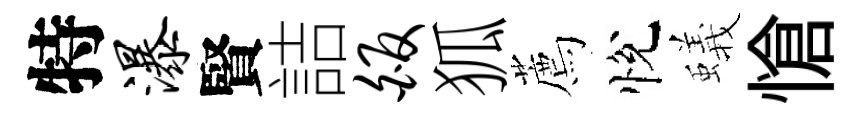
特瀑賢詰皈狐薦悅蟻愴